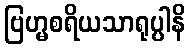
ဗြဟ္မစရိယသာရုပ္ပါနိ